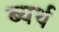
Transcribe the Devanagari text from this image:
ब्यर्थ